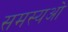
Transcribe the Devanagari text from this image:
समस्यओ